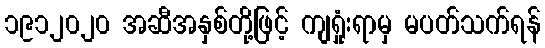
၁၉၁၂၀၂၀ အဆီအနှစ်တို့ဖြင့် ကျရှုံးရာမှ မပတ်သက်ရန်